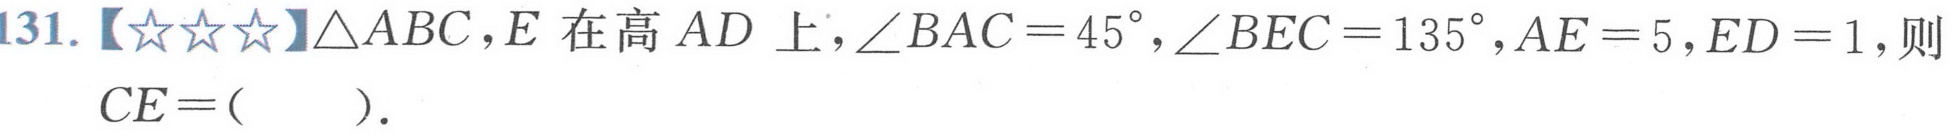
131.【★★★】$\triangle ABC，E$在高$AD$上，$\angle BAC = 45^{\circ},\angle BEC = 135^{\circ},AE = 5,ED = 1$，则$CE=($  ）.